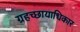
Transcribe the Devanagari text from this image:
ग्रहच्छायाधिकार